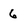
Character: 6